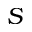
S